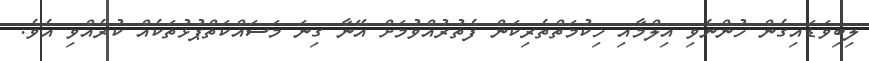
ލިބިވަޑައިގެން ހުންނެވި އިލްމާއި ހިކުމަތްތެރިކަން ފެތުރުއްވުމަށް އޭނާ ގިނަ މަސައްކަތްޕުޅުތަކެއް ކުރެއްވި އެވެ.